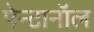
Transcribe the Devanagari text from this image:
पेन्टानॉल